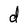
Character: d